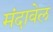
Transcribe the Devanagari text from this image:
मंदावेल